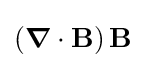
\left({\boldsymbol {\nabla }}\cdot \mathbf {B} \right)\mathbf {B}